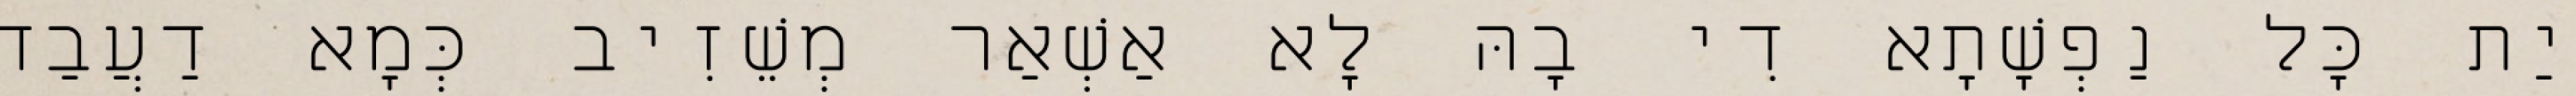
יַת כָּל נַפְשָׁתָא דִי בָהּ לָא אַשְׁאַר מְשֵׁזִיב כְּמָא דַעֲבַד